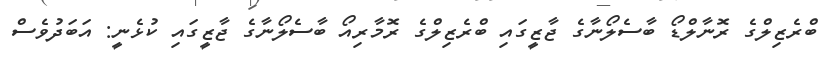
ބްރެޒިލްގެ ރޮނާލްޑޯ ބާސެލޯނާގެ ޖާޒީގައި ބްރެޒިލްގެ ރޮމާރިއޯ ބާސެލޯނާގެ ޖާޒީގައި ކުޅެނީ: އަބަދުވެސް